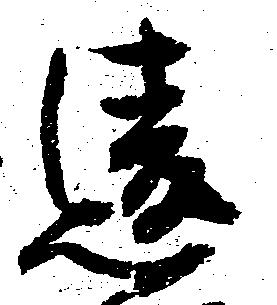
違